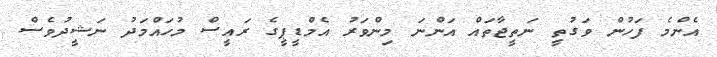
އެންމެ ފަހުން ވަގުތީ ނަތީޖާތައް އަންނަ މިންވަރު އެމްޑީޕީގެ ރައީސް މުހައްމަދު ނަޝީދުވެސް